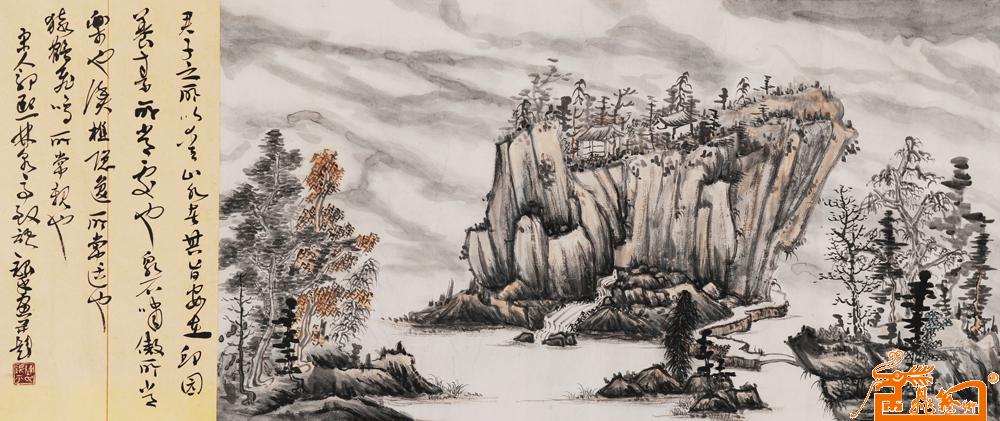
君子战虽有陈，而勇为本焉。